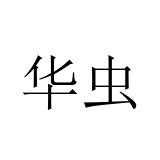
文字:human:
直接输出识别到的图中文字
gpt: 华虫